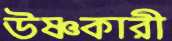
উষ্ণকারী